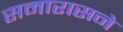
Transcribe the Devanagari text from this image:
समारासने